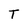
Character: T